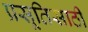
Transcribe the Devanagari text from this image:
प्रसूतिसाठी